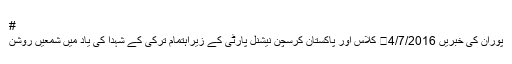
#
پوران کی خبریں 4/7/2016	 کلاس اور پاکستان کرسچن نیشنل پارٹی کے زیراہتمام ترکی کے شہدا کی یاد میں شمعیں روشن